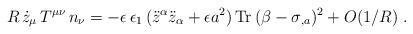
LaTeX: \begin{align*}R\, \dot{z}_{\mu} \, T^{\mu \nu} \, n_{\nu} =- \epsilon\, \epsilon_{1}\, (\ddot{z}^{\alpha} \ddot{z}_{\alpha} + \epsilon a^2) \,\mbox{Tr} \, (\beta - \sigma_{,a})^2 + O(1/R) \; .\end{align*}